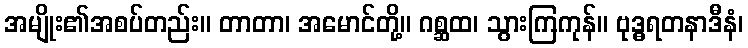
အမျိုး၏အစပ်တည်း။ တာတာ၊ အမောင်တို့။ ဂစ္ဆထ၊ သွားကြကုန်။ ဗုဒ္ဓရတနာဒီနံ၊